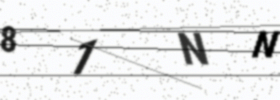
Text: 81NN